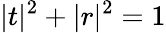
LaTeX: |t|^{2}+|r|^{2}=1